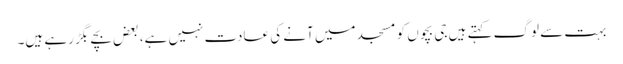
بہت سے لوگ کہتے ہیں جی بچوں کو مسجد میں آنے کی عادت نہیں ہے، بعض بچے بگڑ رہے ہیں۔